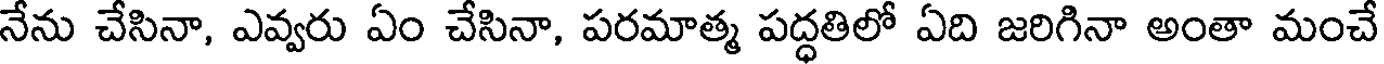
నేను చేసినా, ఎవ్వరు ఏం చేసినా, పరమాత్మ పద్ధతిలో ఏది జరిగినా అంతా మంచే